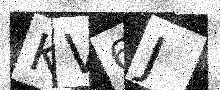
Text: KV6J